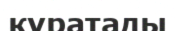
қуратады